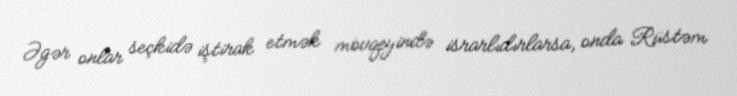
Əgər onlar seçkidə iştirak etmək mövqeyində israrlıdırlarsa, onda Rüstəm